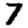
Digit: 7